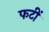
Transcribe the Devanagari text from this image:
फटीं